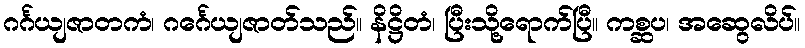
ဂင်္ဂယျဇာတကံ၊ ဂင်္ဂေယျဇာတ်သည်။ နိဋ္ဌိတံ၊ ပြီးသို့ရောက်ပြီ။ ကစ္ဆပ၊ အဆွေလိပ်။